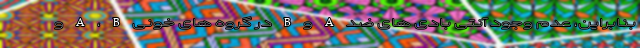
بنابراین، عدم وجود آنتی بادی های ضد A و B در گروه های خونی A ، B و